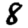
Digit: 8